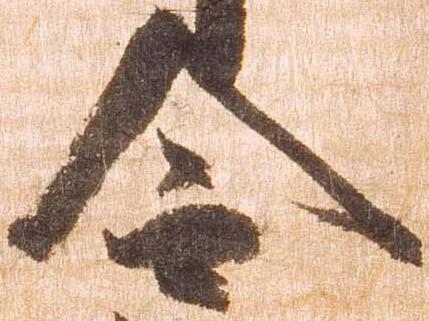
令